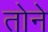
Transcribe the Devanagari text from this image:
तोने